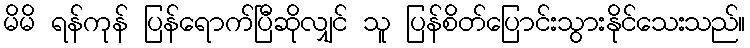
မိမိ ရန်ကုန် ပြန်ရောက်ပြီဆိုလျှင် သူ ပြန်စိတ်ပြောင်းသွားနိုင်သေးသည်။